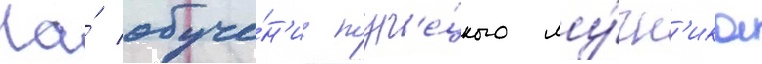
На́ обуче́н'ие тур'е́цкого лу́чн'ика